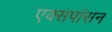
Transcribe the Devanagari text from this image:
एक्सपांसन